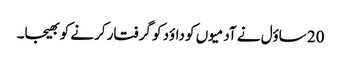
20 ساؤل نے آدمیوں کو داؤد کو گرفتار کرنے کو بھیجا۔